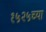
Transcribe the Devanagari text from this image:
१५२५च्या